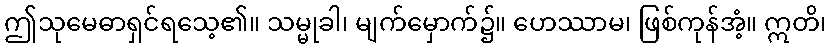
ဤသုမေဓာရှင်ရသေ့၏။ သမ္မုခါ၊ မျက်မှောက်၌။ ဟေဿာမ၊ ဖြစ်ကုန်အံ့။ ဣတိ၊